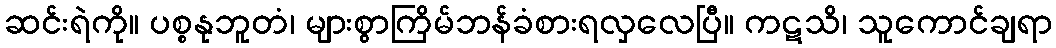
ဆင်းရဲကို။ ပစ္စနုဘူတံ၊ များစွာကြိမ်ဘန်ခံစားရလှလေပြီ။ ကဋသိ၊ သူကောင်ချရာ